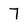
Character: 7